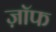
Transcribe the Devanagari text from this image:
ज़ॉफ